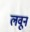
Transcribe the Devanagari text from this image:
लवून